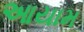
આયામ